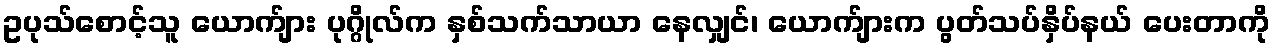
ဥပုသ်စောင့်သူ ယောက်ျား ပုဂ္ဂိုလ်က နှစ်သက်သာယာ နေလျှင်၊ ယောက်ျားက ပွတ်သပ်နှိပ်နယ် ပေးတာကို